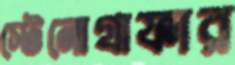
স্টেনোগ্রাফার